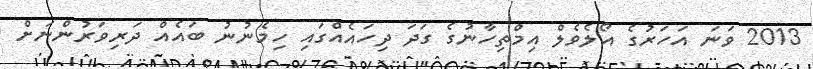
2013 ވަނަ އަހަރުގެ އޯލެވެލް އިމްތިހާނުގެ ގަދަ ދިހައެއްގައި ހިމެނުނު ބައެއް ދަރިވަރުންނަށް